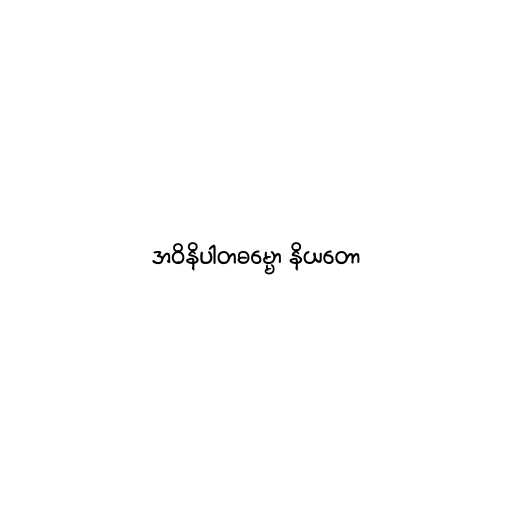
အဝိနိပါတဓမ္မော နိယတော